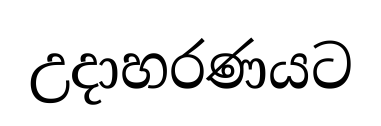
උදාහරණයට